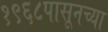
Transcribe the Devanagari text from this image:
१९६८पासूनच्या